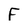
Character: F